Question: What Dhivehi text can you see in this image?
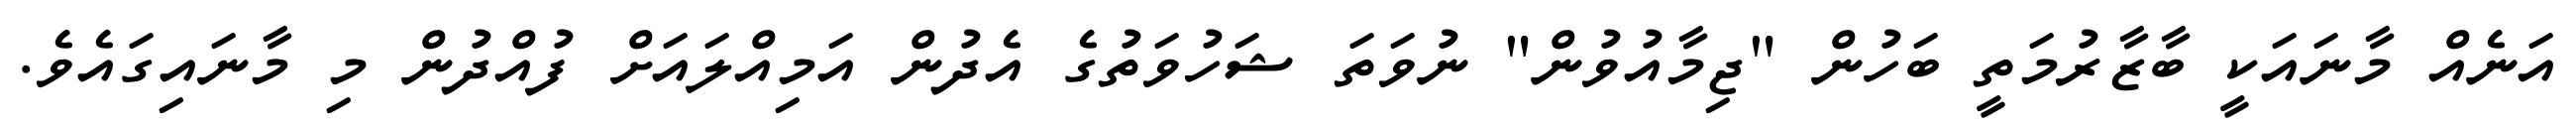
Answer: އަނެއް މާނައަކީ ބާޒާރުމަތީ ބަހުން "ޖިމާއުވުން" ނުވަތަ ޝަހުވަތުގެ އެދުން އަމިއްލައަށް ފުއްދުން މި މާނައިގައެވެ.